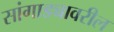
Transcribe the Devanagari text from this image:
सांगाड्यावरील